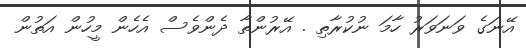
އޭނަގެ ވަނަވަރު ހާމަ ނުކުރާތި . އޭރުންތާ ދެންވެސް އެހެން މީހުން އަތުން